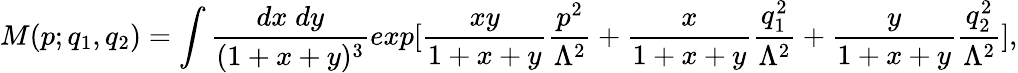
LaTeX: M(p;q_{1},q_{2})=\int\frac{dx\; dy}{(1+x+y)^{3}}exp[\frac{xy}{1+x+y}\frac{p^{2}}{\Lambda^{2}}+\frac{x}{1+x+y}\frac{q_{1}^{2}}{\Lambda^{2}}+\frac{y}{1+x+y}\frac{q_{2}^{2}}{\Lambda^{2}}],